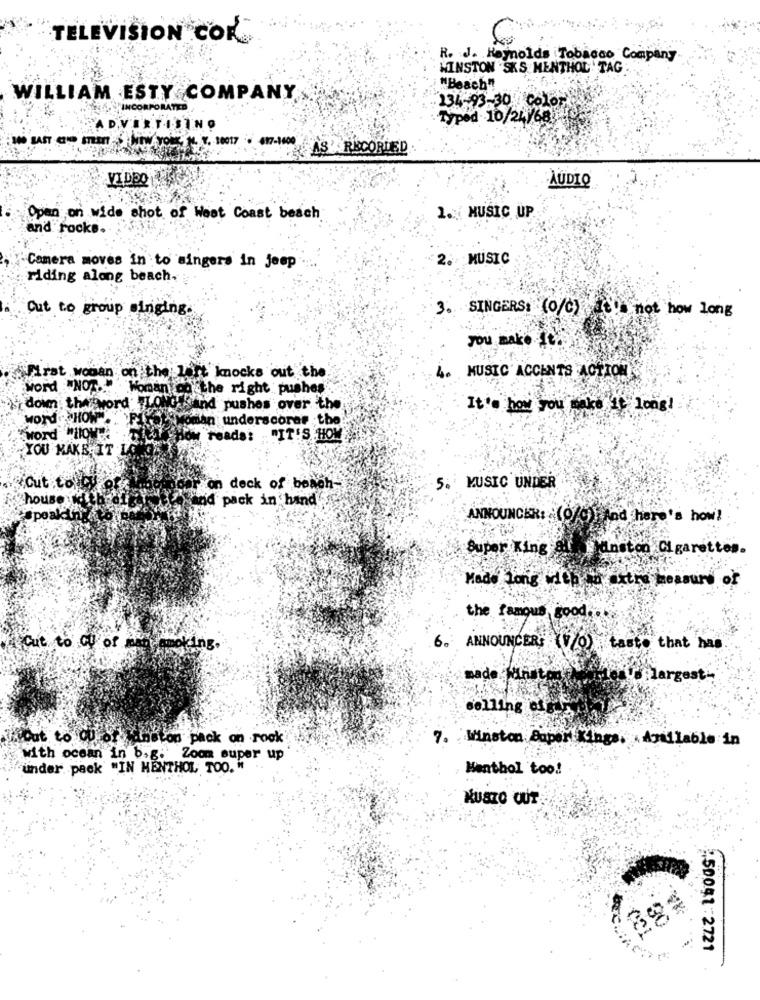
TELEVISION COR
R. J. Reynolds Tobacco Company
MINSTON SKS MENTHOL TAG
i"Beach"
WILLIAM ESTY COMPANY
234-93-30 co107
NCORPORATED
Typed 10/24/685
VILTISING
LAST CIP man Ww voi , Y, 10017 . 617-1600
AS RECORDED
VIDEO
AUDIO
1. MUSIC UP.
Open on wide shot of West Coast beach
and rocks.
2. MUSIC
Camera moves in to singers in jeep
riding along beach.
Cut to group singing.
3. SINGERS: (0/C) not how long
you make It
4. MUSIC ACCENTS ACTION
First woman on the lert knocks out the.
word :"NOT .. Woman on the right pushes
dom: the word' TLONG
Sind pushes over the
It's how you make it long!
WOrd .. HOW".
word "How':
man underscores the
reada:
"IT'S HOW
YOU MAKE IT LA
Cut .told
on deck of beach-
5. MUSIC UNDER
house
ind pack in hand
peakth
ANNOUNCER: (0/5) And here's how!
Super King
Danston Cigarettes.
Made Long with no stre mossure of
the famous
6.
A Cut to Cl of
Famoking.
ANNOUNCERS (7/0) tasto that has
made Minutes
U. flargest
selling cigar
Hout to Qu or
con pack on rock
7. Winston Super Kings. Available in
with ocean in b.g.
Zoom super up
"under .pack "IN MENTHOL TOO. "
Menthol too!
KUSTO OUT
:50041 2721